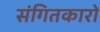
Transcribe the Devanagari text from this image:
संगितकारों